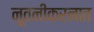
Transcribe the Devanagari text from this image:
नूतनीकरनात